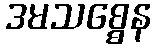
ဒမသစ္စေန